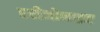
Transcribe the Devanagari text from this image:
एरीजोनाइट